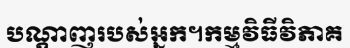
បណ្តាញរបស់អ្នក។កម្មវិធីវិភាគ